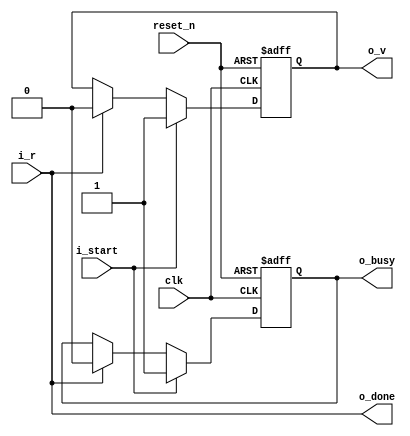
//------------------------------------------------------------------------------
//  http://github.com/gulakim/cory
//  
//------------------------------------------------------------------------------
`ifndef CORY_SBD2VR
    `define CORY_SBD2VR

module cory_sbd2vr (
    input           clk,

    input           i_start,
    output          o_busy,
    output          o_done,

    output          o_v,
    input           i_r,

    input           reset_n
);

reg         valid;

always @(posedge clk or negedge reset_n)
    if (!reset_n)
        valid   <= 0;
    else if (i_start)
        valid   <= 1;
    else if (o_done)
        valid   <= 0;

assign  o_v     = valid;

assign      o_done  = i_r;

reg         busy;

always @ (posedge clk or negedge reset_n)
    if (!reset_n)
        busy    <= 0;
    else if (i_start)
        busy    <= 1;
    else if (o_done)
        busy    <= 0;

assign      o_busy  = busy;

endmodule
`endif